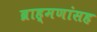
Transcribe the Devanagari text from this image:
ब्राह्मणांसह